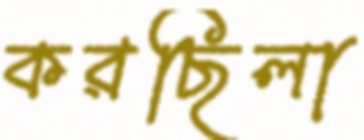
করছিলা